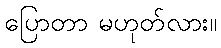
ပြောတာ မဟုတ်လား။